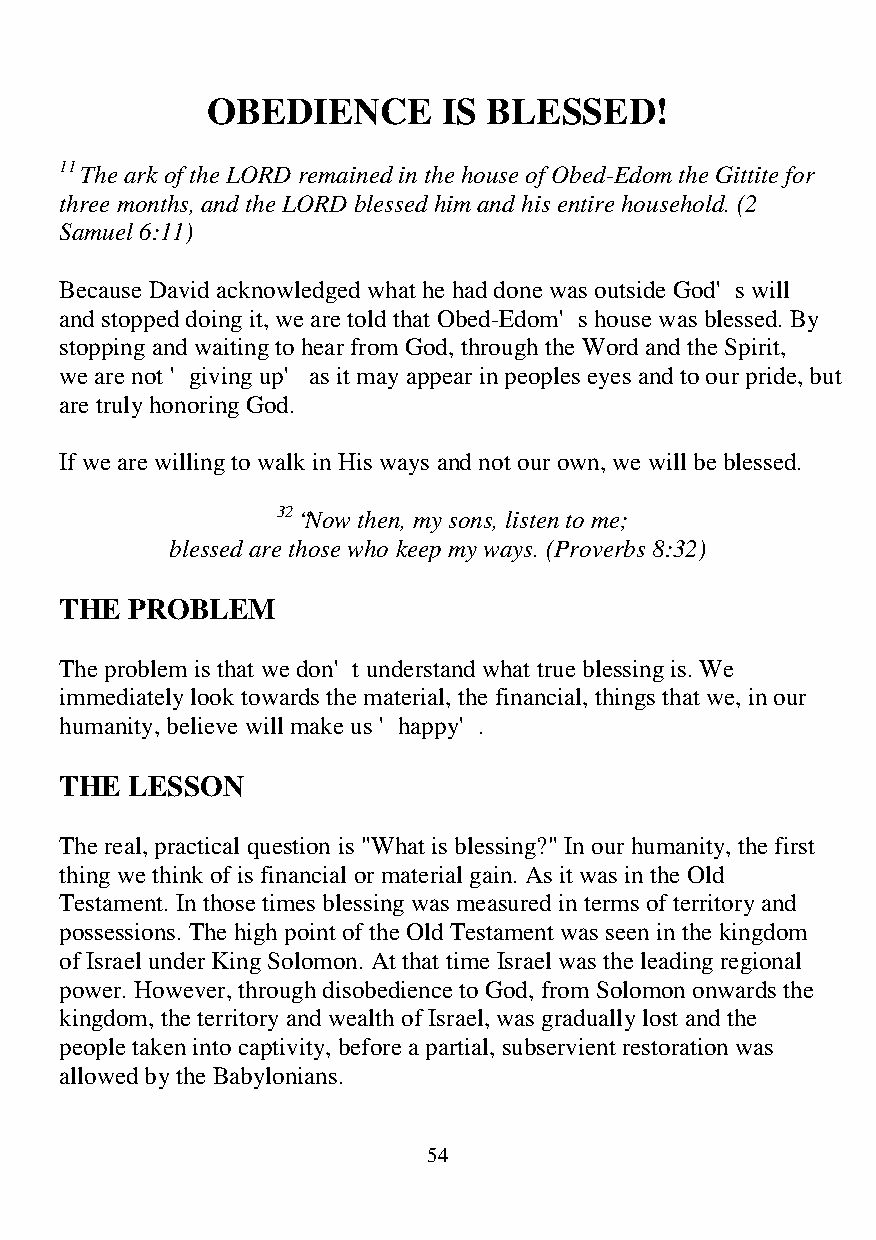
OBEDIENCE      IS BLESSED!
 11 The ark of the LORD remained in the house of Obed-Edom the Gittite for
 three months, and the LORD blessed him and his entire household. (2
 Samuel 6:11)
 Because David acknowledged what he had done was outside God's will
 and stopped doing it, we are told that Obed-Edom's house was blessed. By
 stopping and waiting to hear from God, through the Word and the Spirit,
 we are not 'giving up' as it may appear in peoples eyes and to our pride, but
 are truly honoring God.
 If we are willing to walk in His ways and not our own, we will be blessed.
 32 “Now then, my sons, listen to me;
 blessed are those who keep my ways. (Proverbs 8:32)
 THE PROBLEM
 The problem is that we don't understand what true blessing is. We
 immediately look towards the material, the financial, things that we, in our
 humanity, believe will make us 'happy'.
 THE LESSON
 The real, practical question is "What is blessing?" In our humanity, the first
 thing we think of is financial or material gain. As it was in the Old
 Testament. In those times blessing was measured in terms of territory and
 possessions. The high point of the Old Testament was seen in the kingdom
 of Israel under King Solomon. At that time Israel was the leading regional
 power. However, through disobedience to God, from Solomon onwards the
 kingdom, the territory and wealth of Israel, was gradually lost and the
 people taken into captivity, before a partial, subservient restoration was
 allowed by the Babylonians.
 54